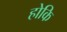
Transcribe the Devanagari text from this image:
होकि